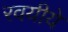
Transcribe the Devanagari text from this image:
रवयीये